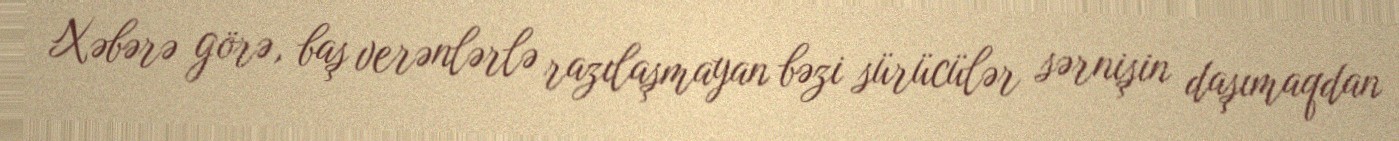
Xəbərə görə, baş verənlərlə razılaşmayan bəzi sürücülər sərnişin daşımaqdan